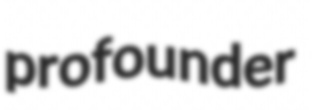
profounder